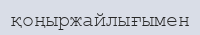
қоңыржайлығымен